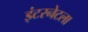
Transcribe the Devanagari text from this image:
इंटरनेटला